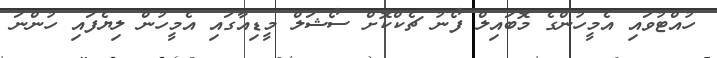
ހުއްޓުވައި އެމީހުންގެ މޮބައިލް ފޯނު ޗެކްކޮށް ސޯޝަލް މީޑިއާގައި އެމީހުން ލިޔެފައި ހުންނަ